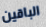
الباقين